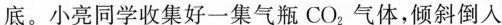
底。小亮同学收集好一集气瓶CO_{2}气体，倾斜倒入